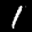
Label: 1